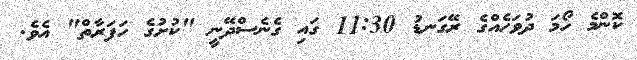
ކޮންމެ ހޯމަ ދުވަހެއްގެ ރޭގަނޑު 11:30 ގައި ގެނެސްދޭނީ "ކުށުގެ ހަފަރާތް" އެވެ.